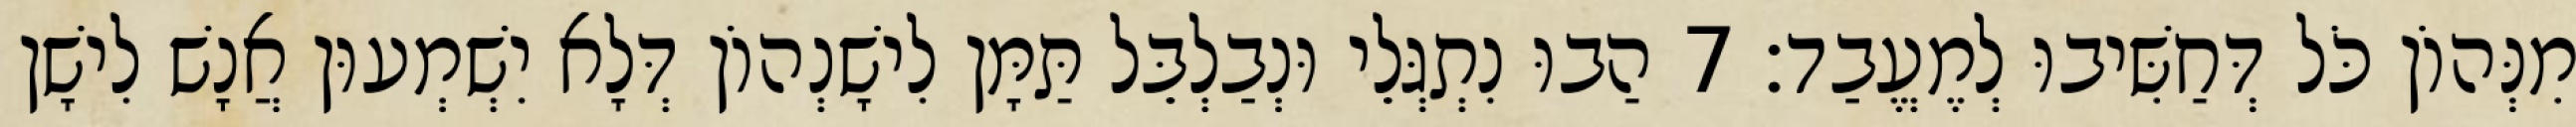
מִנְּהוֹן כֹּל דְּחַשִּׁיבוּ לְמֶעֱבַד׃ 7 הַבוּ נִתְגְּלֵי וּנְבַלְבֵּל תַּמָּן לִישָׁנְהוֹן דְּלָא יִשְׁמְעוּן אֲנָשׁ לִישָׁן